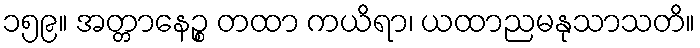
၁၅၉။ အတ္တာနေဉ္စ တထာ ကယိရာ၊ ယထာညမနုသာသတိ။